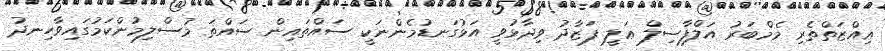
ޢިއްޒަތްތެރި މެމްބަރު އަލްފާޟިލް ޢަލީ ފަޒާދު ވިދާޅުވީ އަޅުގަނޑުމެންނަކީ ސައްތައިން ސައްތަ މުސްލިމުންކަމުގައިވާހިނދު